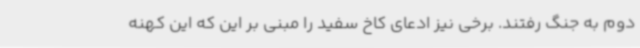
دوم به جنگ رفتند. برخی نیز ادعای کاخ سفید را مبنی بر این که این کهنه